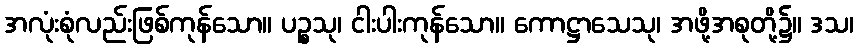
အလုံးစုံလည်းဖြစ်ကုန်သော။ ပဉ္စသု၊ ငါးပါးကုန်သော။ ကောဋ္ဌာသေသု၊ အဖို့အစုတို့၌။ ဒသ၊